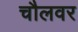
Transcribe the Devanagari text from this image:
चौलवर